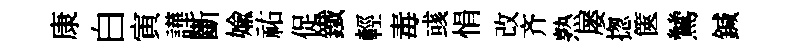
康白寅譁斷媮祐促鐵輕毒彧悁改齐熟屡揔篋鷥鍼